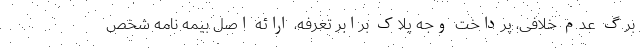
برگ عدم خلافی، پرداخت وجه پلاک برابر تعرفه، ارائه اصل بیمه نامه شخص